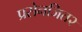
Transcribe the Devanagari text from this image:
प्रसेनजित२